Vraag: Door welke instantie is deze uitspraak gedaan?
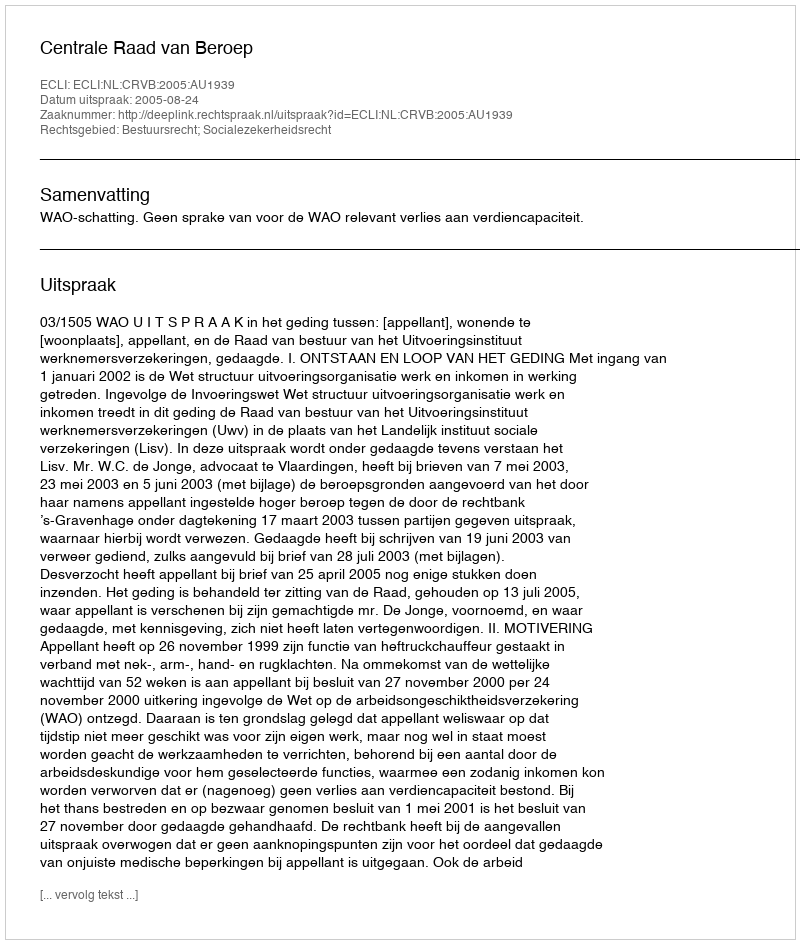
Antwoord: Centrale Raad van Beroep